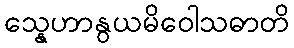
သ္နေဟာနွယမိဝေါသဓာတိ